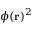
\phi ( \mathbf { r } ) ^ { 2 }